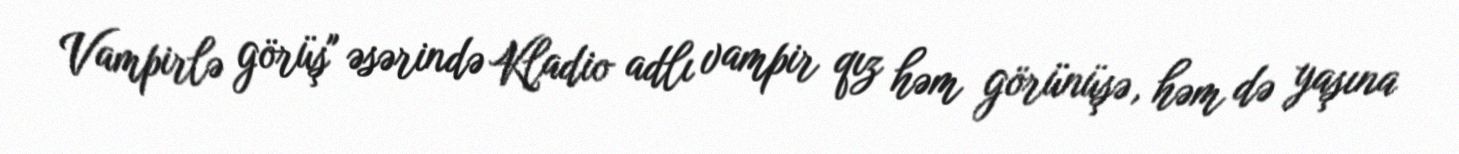
Vampirlə görüş" əsərində Kladio adlı vampir qız həm görünüşə, həm də yaşına